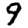
Digit: 9